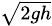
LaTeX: \scriptstyle{\sqrt{2gh}}